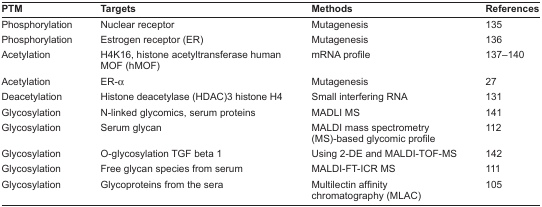
<table><thead><tr><td><b>PTM</b></td><td><b>Targets</b></td><td><b>Methods</b></td><td><b>References</b></td></tr></thead><tbody><tr><td>Phosphorylation</td><td>Nuclear receptor</td><td>Mutagenesis</td><td>135</td></tr><tr><td>Phosphorylation</td><td>Estrogen receptor (ER)</td><td>Mutagenesis</td><td>136</td></tr><tr><td>Acetylation</td><td>H4K16, histone acetyltransferase human MOF (hMOF)</td><td>mRNA profile</td><td>137–140</td></tr><tr><td>Acetylation</td><td>ER-α</td><td>Mutagenesis</td><td>27</td></tr><tr><td>Deacetylation</td><td>Histone deacetylase (HDAC)3 histone H4</td><td>Small interfering RNA</td><td>131</td></tr><tr><td>Glycosylation</td><td>N-linked glycomics, serum proteins</td><td>MADLI MS</td><td>141</td></tr><tr><td>Glycosylation</td><td>Serum glycan</td><td>MALDI mass spectrometry (MS)-based glycomic profile</td><td>112</td></tr><tr><td>Glycosylation</td><td>O-glycosylation TGF beta 1</td><td>Using 2-De and MALDI-TOF-MS</td><td>142</td></tr><tr><td>Glycosylation</td><td>Free glycan species from serum</td><td>MALDI-FT-ICR MS</td><td>111</td></tr><tr><td>Glycosylation</td><td>Glycoproteins from the sera</td><td>Multilectin affinity chromatography (MLAC)</td><td>105</td></tr></tbody></table>